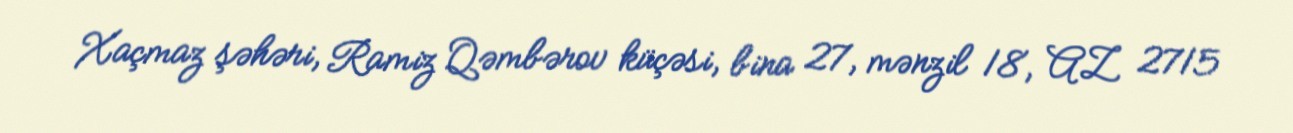
Xaçmaz şəhəri, Ramiz Qəmbərov küçəsi, bina 27, mənzil 18, AZ 2715